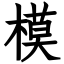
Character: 模